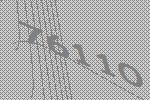
76110